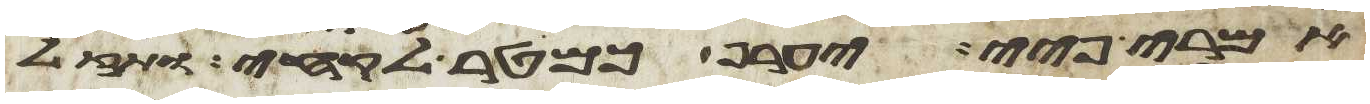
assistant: אמרי פיי יערף כמטר לקחי ותאזל